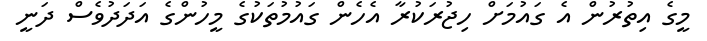
މީގެ އިތުރުން އެ ގައުމަށް ހިޖުރަކުރާ އެހެން ގައުމުތަކުގެ މީހުންގެ އަދަދުވެސް ދަނީ